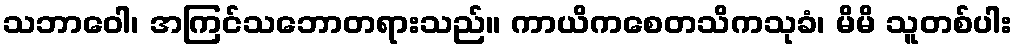
သဘာဝေါ၊ အကြင်သဘောတရားသည်။ ကာယိကစေတသိကသုခံ၊ မိမိ သူတစ်ပါး